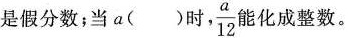
是假分数，当a（）时， \frac{a}{12}能化成整数。